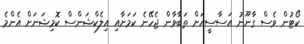
ކޯޓުން ވެސް ގާނޫނު އަސާސީއަށް ތަބާވާން ޖެހޭނެ ކަމަށާއި އިލެކްޝަންސް ކޮމިޝަނަށް އެންމެ